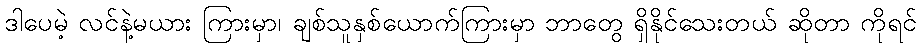
ဒါပေမဲ့ လင်နဲ့မယား ကြားမှာ၊ ချစ်သူနှစ်ယောက်ကြားမှာ ဘာတွေ ရှိနိုင်သေးတယ် ဆိုတာ ကိုရင်